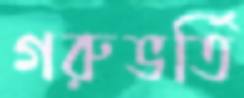
গরুভর্তি